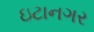
ઇટાનગર